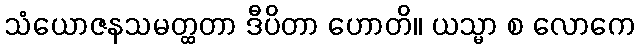
သံယောဇနသမတ္ထတာ ဒီပိတာ ဟောတိ။ ယသ္မာ စ လောကေ